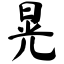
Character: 晃